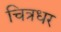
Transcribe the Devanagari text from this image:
चित्रधर